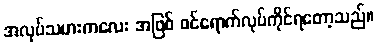
အလုပ်သမားကလေး အဖြစ် ဝင်ရောက်လုပ်ကိုင်ရတော့သည်။